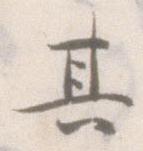
其